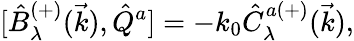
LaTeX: {[}\hat{B}_{\lambda}^{(+)}(\vec{k}),\hat{Q}^{a}]=-k_{0}\hat{C}_{\lambda}^{a(+)}(\vec{k}),